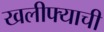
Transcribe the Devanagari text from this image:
खलीफ्याची